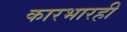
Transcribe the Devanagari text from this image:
कारभारही